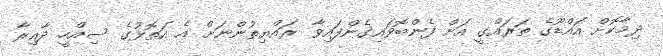
ދިމާކޮށް އައްޑޫގެ ތަރައްގީ އަށް ފެންބޮވައިގެންފައިވާ ރައްޔިތުންނަށް އެ އަތޮޅުގެ ސިއްހީ ދާއިރާ